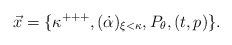
\begin{align*}\vec{x}=\{\kappa^{+++}, (\dot\alpha)_{\xi<\kappa}, P_\theta, (t,p) \}.\end{align*}